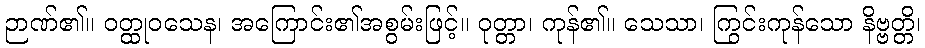
ဉာဏ်၏။ ဝတ္ထုဝသေန၊ အကြောင်း၏အစွမ်းဖြင့်။ ဝုတ္တာ၊ ကုန်၏။ သေသာ၊ ကြွင်းကုန်သော နိဗ္ဗတ္တိ၊